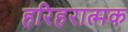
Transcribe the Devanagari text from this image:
हरिहरात्मक